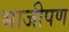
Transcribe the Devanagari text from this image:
भाजीपण